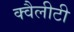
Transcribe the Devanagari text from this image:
क्वैलीटी